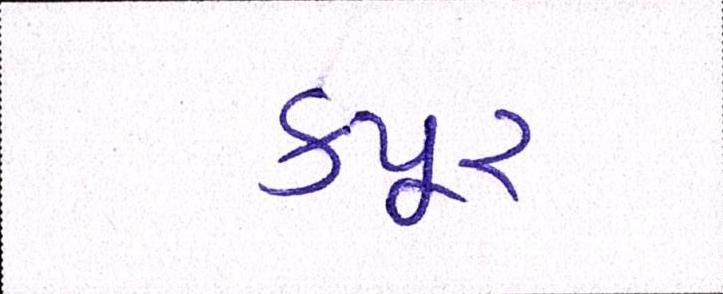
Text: કપૂર